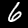
Digit: 6